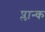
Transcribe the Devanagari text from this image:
प्लान्क